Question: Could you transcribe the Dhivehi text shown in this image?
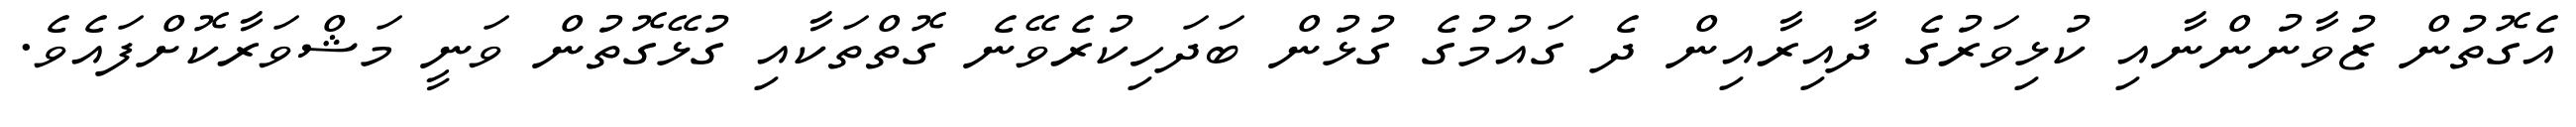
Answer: އެގޮތުން ޒުވާނުންނާއި ކުޅިވަރުގެ ދާއިރާއިން ދެ ގައުމުގެ ގުޅުން ބަދަހިކުރެވޭނެ ގޮތްތަކާއި ގުޅޭގޮތުން ވަނީ މަޝްވަރާކޮށްފައެވެ.